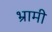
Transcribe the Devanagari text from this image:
भ्रामी